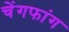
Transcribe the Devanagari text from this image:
चेंगफांग